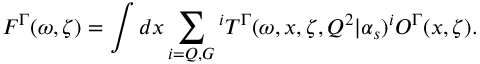
{ \cal F } ^ { \mit \Gamma } ( \omega , \zeta ) = \int d x \sum _ { i = Q , G } { ^ i T ^ { \mit \Gamma } } ( \omega , x , \zeta , Q ^ { 2 } | \alpha _ { s } ) { ^ i { \cal O } ^ { \mit \Gamma } } ( x , \zeta ) .